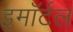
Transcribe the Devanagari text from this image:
इमॉर्टल